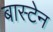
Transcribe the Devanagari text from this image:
बास्टेन